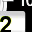
Digit: 2